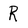
Character: R